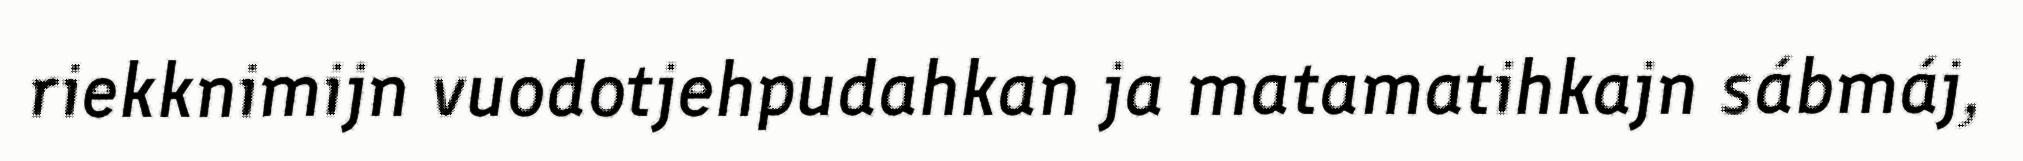
riekknimijn vuodotjehpudahkan ja matamatihkajn sábmáj,